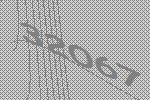
32067